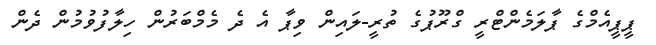
ޕީޕީއެމްގެ ޕާލަމެންޓްރީ ގްރޫޕުގެ ތުރީ-ލައިން ވިޕާ އެ ދެ މެމްބަރުން ހިލާފުވުމުން ދެން